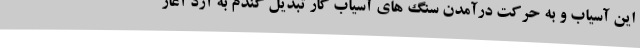
این آسیاب و به حرکت درآمدن سنگ های آسیاب کار تبدیل گندم به آرد آغاز